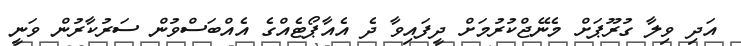
އަދި ވިލާ ގުރޫޕަށް މެނޭޖްކުރުމަށް ދީފައިވާ ދެ އެއާޕޯޓެއްގެ އެއްބަސްވުން ސަރުކާރުން ވަނީ